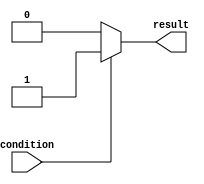
module if_else_example(
    input wire condition,
    output reg result
);

always @(*) begin
    if(condition) begin
        result <= 1'b1; // action to be taken if condition is true
    end
    else begin
        result <= 1'b0; // action to be taken if condition is false
    end
end

endmodule